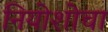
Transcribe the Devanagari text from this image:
नियोशोचा